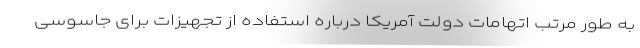
به طور مرتب اتهامات دولت آمریکا درباره استفاده از تجهیزات برای جاسوسی